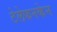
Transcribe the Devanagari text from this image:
टेलेफनकेन